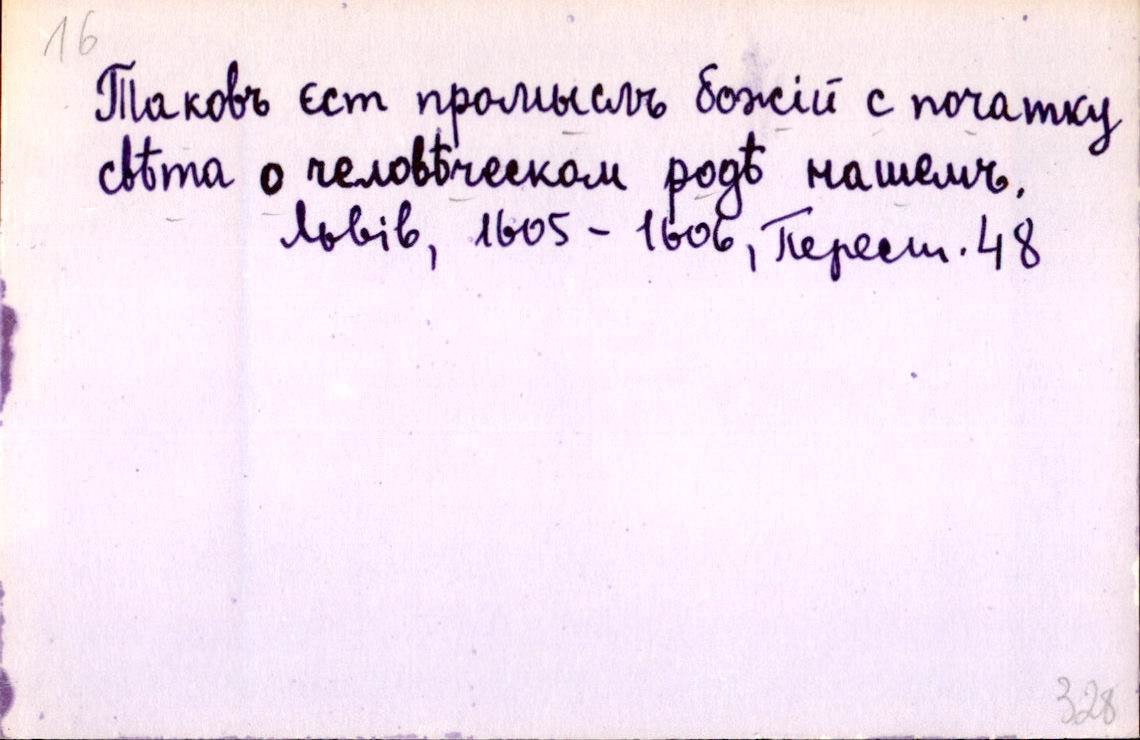
Таковъ єст промыслъ божій с початку
свѣта о человѣческом родѣ нашемъ.
Львів, 1605-1606, Перест. 48